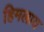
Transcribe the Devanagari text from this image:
हिमलाय